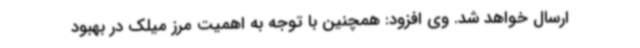
ارسال خواهد شد. وی افزود: همچنین با توجه به اهمیت مرز میلک در بهبود